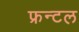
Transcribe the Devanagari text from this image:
फ्रन्‍टल